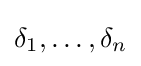
\delta _{1},\ldots ,\delta _{n}